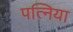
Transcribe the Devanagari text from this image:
पत्निया